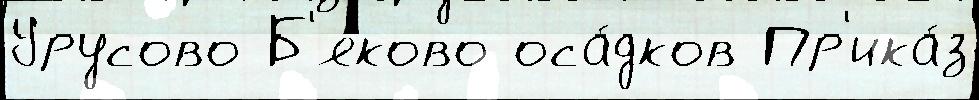
Урусово Б'яково оса́дков Пр'ика́з